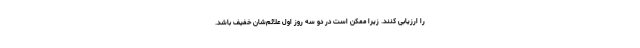
را ارزیابی کنند. زیرا ممکن است در دو سه روز اول علائم‌شان خفیف باشد.